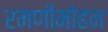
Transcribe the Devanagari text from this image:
रमणीमोहन